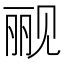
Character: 𰴗